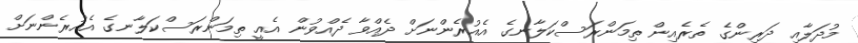
މުދަލާއި ދަރިންގެ ތެރެއިން ތިމަންރަސްކަލާނގެ އެއުރެންނަށް ދެއްވާ ދެއްވުން އެއީ ތިމަންރަސްކަލާނގެ އެއުރެންނަށް